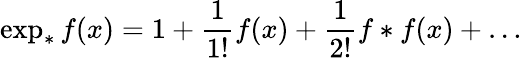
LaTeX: \exp_{*}f(x)=1+\frac{1}{1!}f(x)+\frac{1}{2!}f*f(x)+\dots